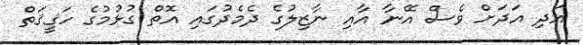
އަދި އަދަށް ވެސް އޭނާ އާއި ނާޒިލުގެ ދެމެދުގައި އޮތް ގުޅުމުގެ ހަޤީޤަތް